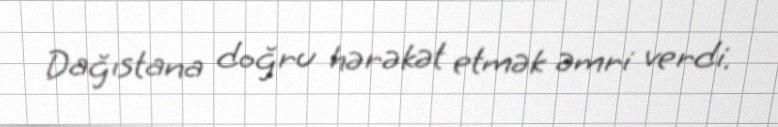
Dağıstana doğru hərəkət etmək əmri verdi.